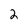
Character: 2